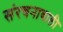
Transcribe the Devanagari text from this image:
संरचनावाली